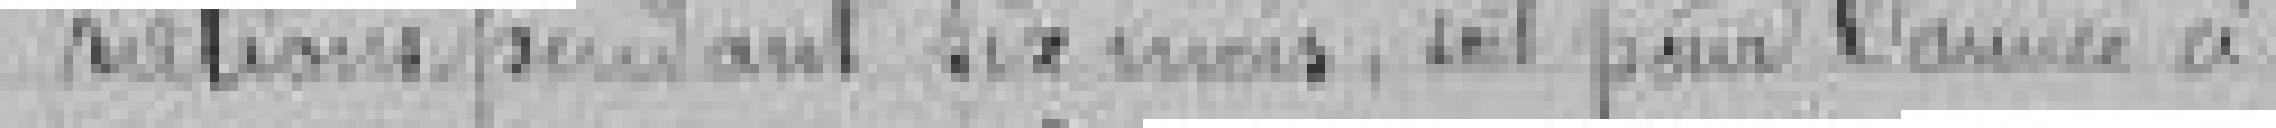
rations pendant six mois, soit pour l'année ci : ......